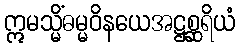
ဣမသ္မိံဓမ္မဝိနယေအဋ္ဌစ္ဆရိယံ